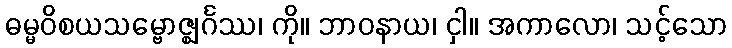
ဓမ္မဝိစယသမ္ဗောဇ္ဈင်္ဂဿ၊ ကို။ ဘာဝနာယ၊ ငှါ။ အကာလော၊ သင့်သော